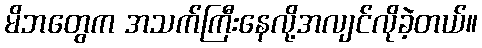
မိဘတွေက အသက်ကြီးနေလို့အလျင်လိုခဲ့တယ်။